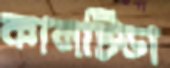
কালটিডা